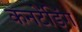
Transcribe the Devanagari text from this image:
कनटेंडिंग